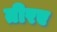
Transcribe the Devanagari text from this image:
तीरए